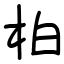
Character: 柏